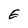
Character: E